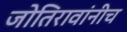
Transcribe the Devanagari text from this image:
जोतिरावांनीच